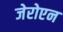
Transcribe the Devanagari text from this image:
जेरोएन